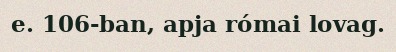
e. 106-ban, apja római lovag.